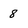
Character: 8